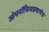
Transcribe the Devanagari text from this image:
ओपनॉफिसप्रमाणेच